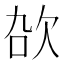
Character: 𬅠